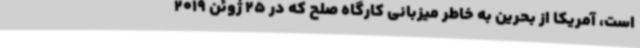
است، آمریکا از بحرین به خاطر میزبانی کارگاه صلح که در 25 ژوئن 2019